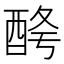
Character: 𨠱